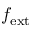
f _ { \mathrm { e x t } }